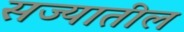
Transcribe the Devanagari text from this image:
सज्यातील